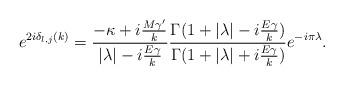
LaTeX: \begin{align*}e^{2i\delta_{l,j}(k)}= {{-\kappa+i{M{\gamma}'\over k}}\over {|\lambda|-i{E\gamma\over k}}}{\Gamma(1+|\lambda|-i{E\gamma\over k})\over \Gamma(1+|\lambda|+i{E\gamma\over k})}e^{-i\pi\lambda}.\end{align*}